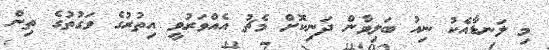
މި ލަނޑާއެކު ނިއު ބަލިވާން ދަނިކޮށް މެޗު އެއްވަރުވީ އިތުރުގެ ވަގުތުގެ ތިން